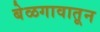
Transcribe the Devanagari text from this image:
बेळगावातून